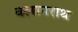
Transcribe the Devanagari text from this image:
क्लापराथ